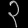
Digit: ၃